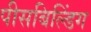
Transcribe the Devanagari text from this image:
पीसबिल्डिंग